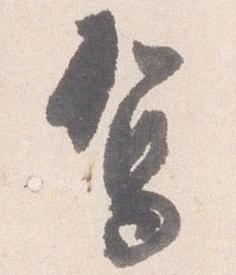
駕